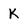
Character: K